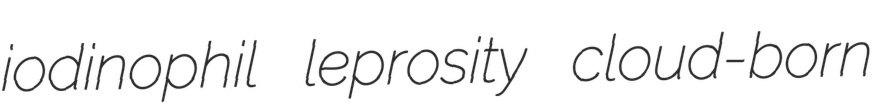
iodinophil leprosity cloud-born